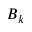
B _ { k }